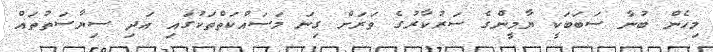
މިހެން ބުނާ ސަބަބަކީ ޔާމީންގެ ސަރުކާރުގެ ވަރަށް ގިނަ މަސައްކަތްތަކުގައި އަދި ސިޔާސަތުތައް